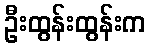
ဦးထွန်းထွန်းက